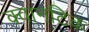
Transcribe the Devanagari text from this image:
क्वानटिक